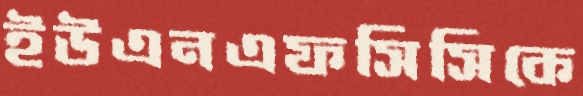
ইউএনএফসিসিকে